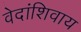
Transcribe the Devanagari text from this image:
वेदांशिवाय